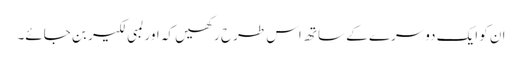
ان کو ایک دوسرے کے ساتھ اس طرح رکھیں کہ اور لمبی لکیر بن جائے۔